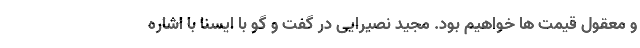
و معقول قیمت ها خواهیم بود. مجید نصیرایی در گفت و گو با ایسنا با اشاره